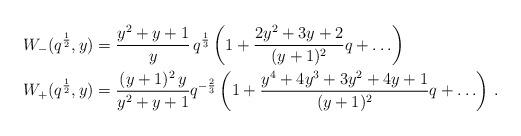
LaTeX: \begin{align*}W_-(q^{\frac{1}{2}},y)& = \frac{y^2 + y + 1}{y} \, q^\frac{1}{3} \left( 1 + \frac{2y^2 + 3y + 2}{(y+1)^2} q + \ldots \right) \\W_+(q^{\frac{1}{2}},y)& = \frac{(y+1)^2 \, y}{y^2+y+1} q^{-\frac{2}{3}} \left(1 + \frac{y^4 + 4 y^3 + 3 y^2 + 4 y + 1}{(y+1)^2} q + \ldots \right) \,.\end{align*}